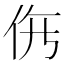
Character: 𱎩